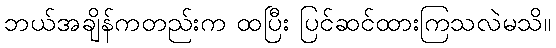
ဘယ်အချိန်ကတည်းက ထပြီး ပြင်ဆင်ထားကြသလဲမသိ။